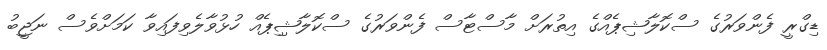
ޑިގްރީ ފެންވަރުގެ ސްކޮލާޝިޕެއްގެ އިތުރަށް މާސްޓާސް ފެންވަރުގެ ސްކޮލާޝިިޕެއް ހުޅުވާލެވިފައިވާ ކަމަށްވެސް ނަޖީބު